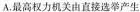
A.最高权力机关由直接选举产生